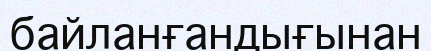
байланғандығынан